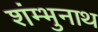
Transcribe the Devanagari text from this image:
शंम्भुनाथ